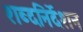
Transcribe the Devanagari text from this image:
शब्दनिर्देशन